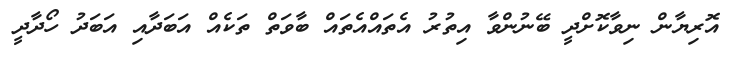
އޮރިޔާން ނިވާކޮށްދީ ބޭނުންވާ އިތުރު އެތައްއެތައް ބާވަތް ތަކެއް އަބަދާއި އަބަދު ހޯދާދީ